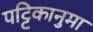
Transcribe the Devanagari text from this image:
पट्टिकानुमा